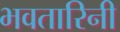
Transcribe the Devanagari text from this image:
भवतारिनी